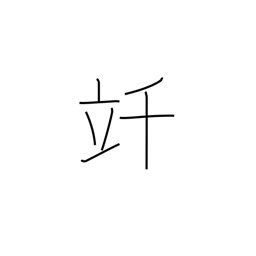
Meaning: kilolitre